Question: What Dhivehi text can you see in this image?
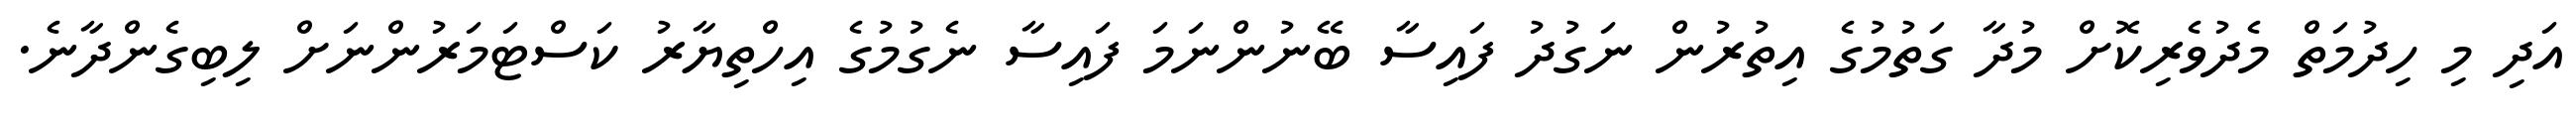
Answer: އަދި މި ހިދުމަތް މެދުވެރިކޮށް މުދާ ގަތުމުގެ އިތުރުން ނަގުދު ފައިސާ ބޭނުންނަމަ ފައިސާ ނެގުމުގެ އިހްތިޔާރު ކަސްޓަމަރުންނަށް ލިބިގެންދާނެ.